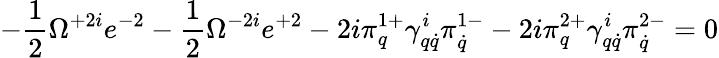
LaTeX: -\frac 12\Omega^{+2i}e^{-2}-\frac 12\Omega^{-2i}e^{+2}-2i\pi_{q}^{1+}\gamma_{q\dot{q}}^{i}\pi_{\dot{q}}^{1-}-2i\pi_{q}^{2+}\gamma_{q\dot{q}}^{i}\pi_{\dot{q}}^{2-}=0